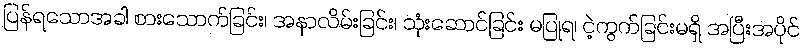
ပြန်ရသောအခါ စားသောက်ခြင်း၊ အနာလိမ်းခြင်း၊ သုံးဆောင်ခြင်း မပြုရ၊ ငဲ့ကွက်ခြင်းမရှိ အပြီးအပိုင်